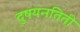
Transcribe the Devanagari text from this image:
दुषयनतिती